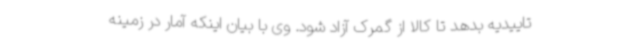
تاییدیه بدهد تا کالا از گمرک آزاد شود. وی با بیان اینکه آمار در زمینه